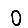
Digit: 0